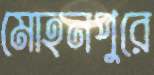
মোহনপুরে